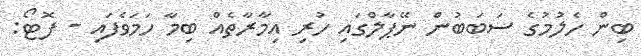
ބިން ހެލުމުގެ ސަބަބުން ނޭޕާލްގައި ހުރި އިމާރާތެއް ބިމާ ހަމަވެފައި - ފޮޓޯ: